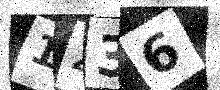
Text: 1Z36